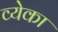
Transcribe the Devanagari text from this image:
व्येका